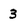
Character: 3